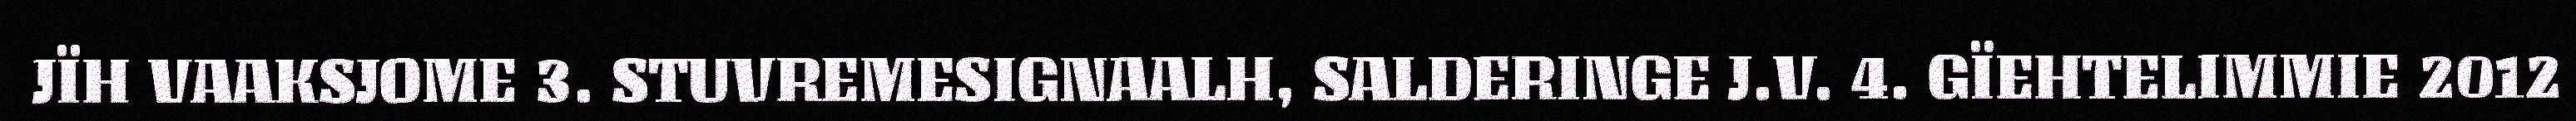
JÏH VAAKSJOME 3. STUVREMESIGNAALH, SALDERINGE J.V. 4. GÏEHTELIMMIE 2012